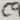
Text: C9